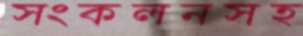
সংকলনসহ